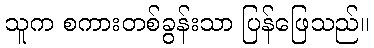
သူက စကားတစ်ခွန်းသာ ပြန်ဖြေသည်။